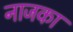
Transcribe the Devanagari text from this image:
नाजका